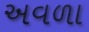
અવળા